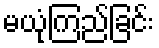
မယုံကြည်ခြင်း